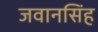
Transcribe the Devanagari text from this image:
जवानसिंह